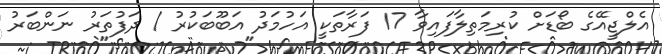
އެލްޖީއޭގެ ބޯޑަށް ކުރިމަތިލާފައިވާ 17 ފަރާތަކީ އަހުމަދު އަބޫބަކުރު / ދަފުތަރު ނަންބަރު